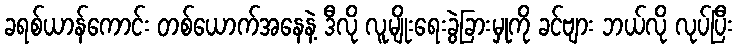
ခရစ်ယာန်ကောင်း တစ်ယောက်အနေနဲ့ ဒီလို လူမျိုးရေးခွဲခြားမှုကို ခင်ဗျား ဘယ်လို လုပ်ပြီး